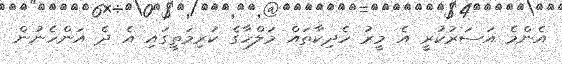
އެންމެ އަސަރުކުރީ އެ މީރު ހެދިކާތައް މަލްހާގެ ކުރިމަތީގައި އެ ދެ އަންހެނުން